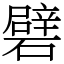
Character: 礕